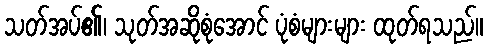
သတ်အပ်၏၊ သုတ်အဆိုစုံအောင် ပုံစံများများ ထုတ်ရသည်။